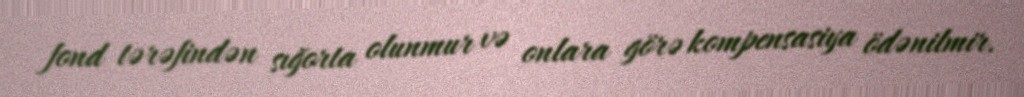
fond tərəfindən sığorta olunmur və onlara görə kompensasiya ödənilmir.